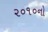
૨૦૧૦નો